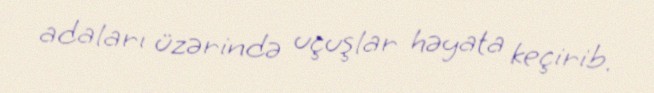
adaları üzərində uçuşlar həyata keçirib.